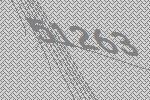
51263